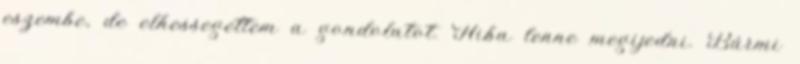
eszembe, de elhessegettem a gondolatot. Hiba lenne megijedni. Bármi